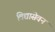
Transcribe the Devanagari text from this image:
विद्यासेवन